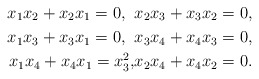
\begin{align*}x_1x_2+x_2x_1=0,\;\; & x_2x_3+x_3x_2=0,\\x_1x_3+x_3x_1=0,\;\; & x_3x_4+x_4x_3=0,\\x_1x_4+x_4x_1=x_3^2, & x_2x_4+x_4x_2=0.\end{align*}